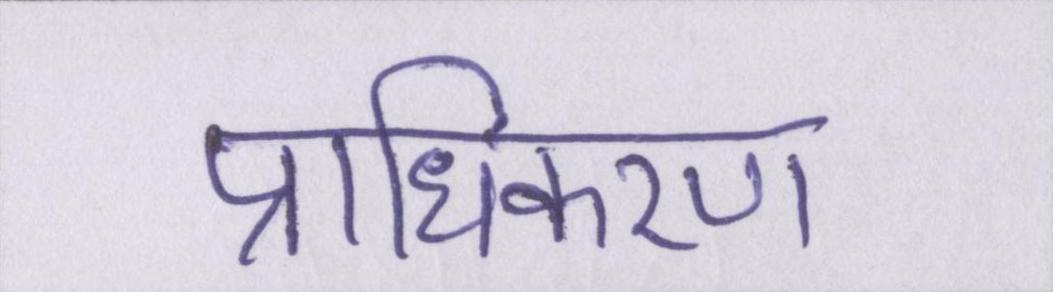
प्राधिकरण